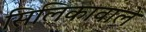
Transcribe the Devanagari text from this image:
सिलिकावाले